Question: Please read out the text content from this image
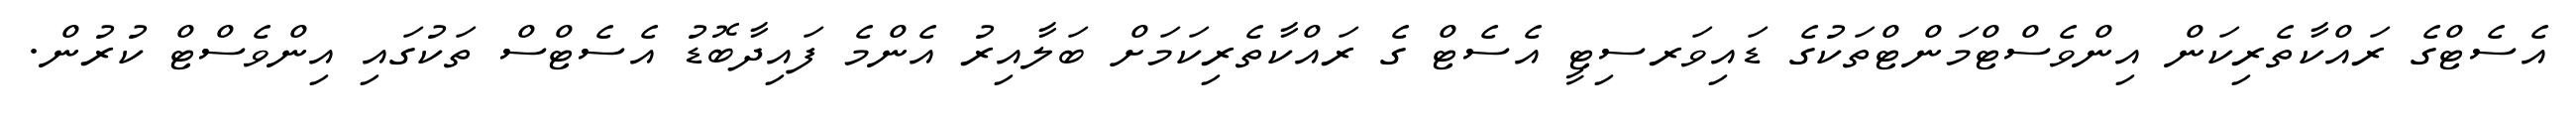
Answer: އެސެޓްގެ ރައްކާތެރިކަން އިންވެސްޓްމަންޓްތަކުގެ ޑައިވަރސިޓީ އެސެޓް ގެ ރައްކާތެރިކަމަށް ބަލާއިރު އެންމެ ފައިދާބޮޑު އެސެޓްސް ތަކުގައި އިންވެސްޓް ކުރުން.